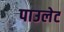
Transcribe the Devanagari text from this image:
पाउलेट